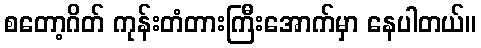
စတော့ဂိတ် ကုန်းတံတားကြီးအောက်မှာ နေပါတယ်။